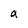
Character: a